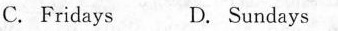
C. Fridays D.Sundays